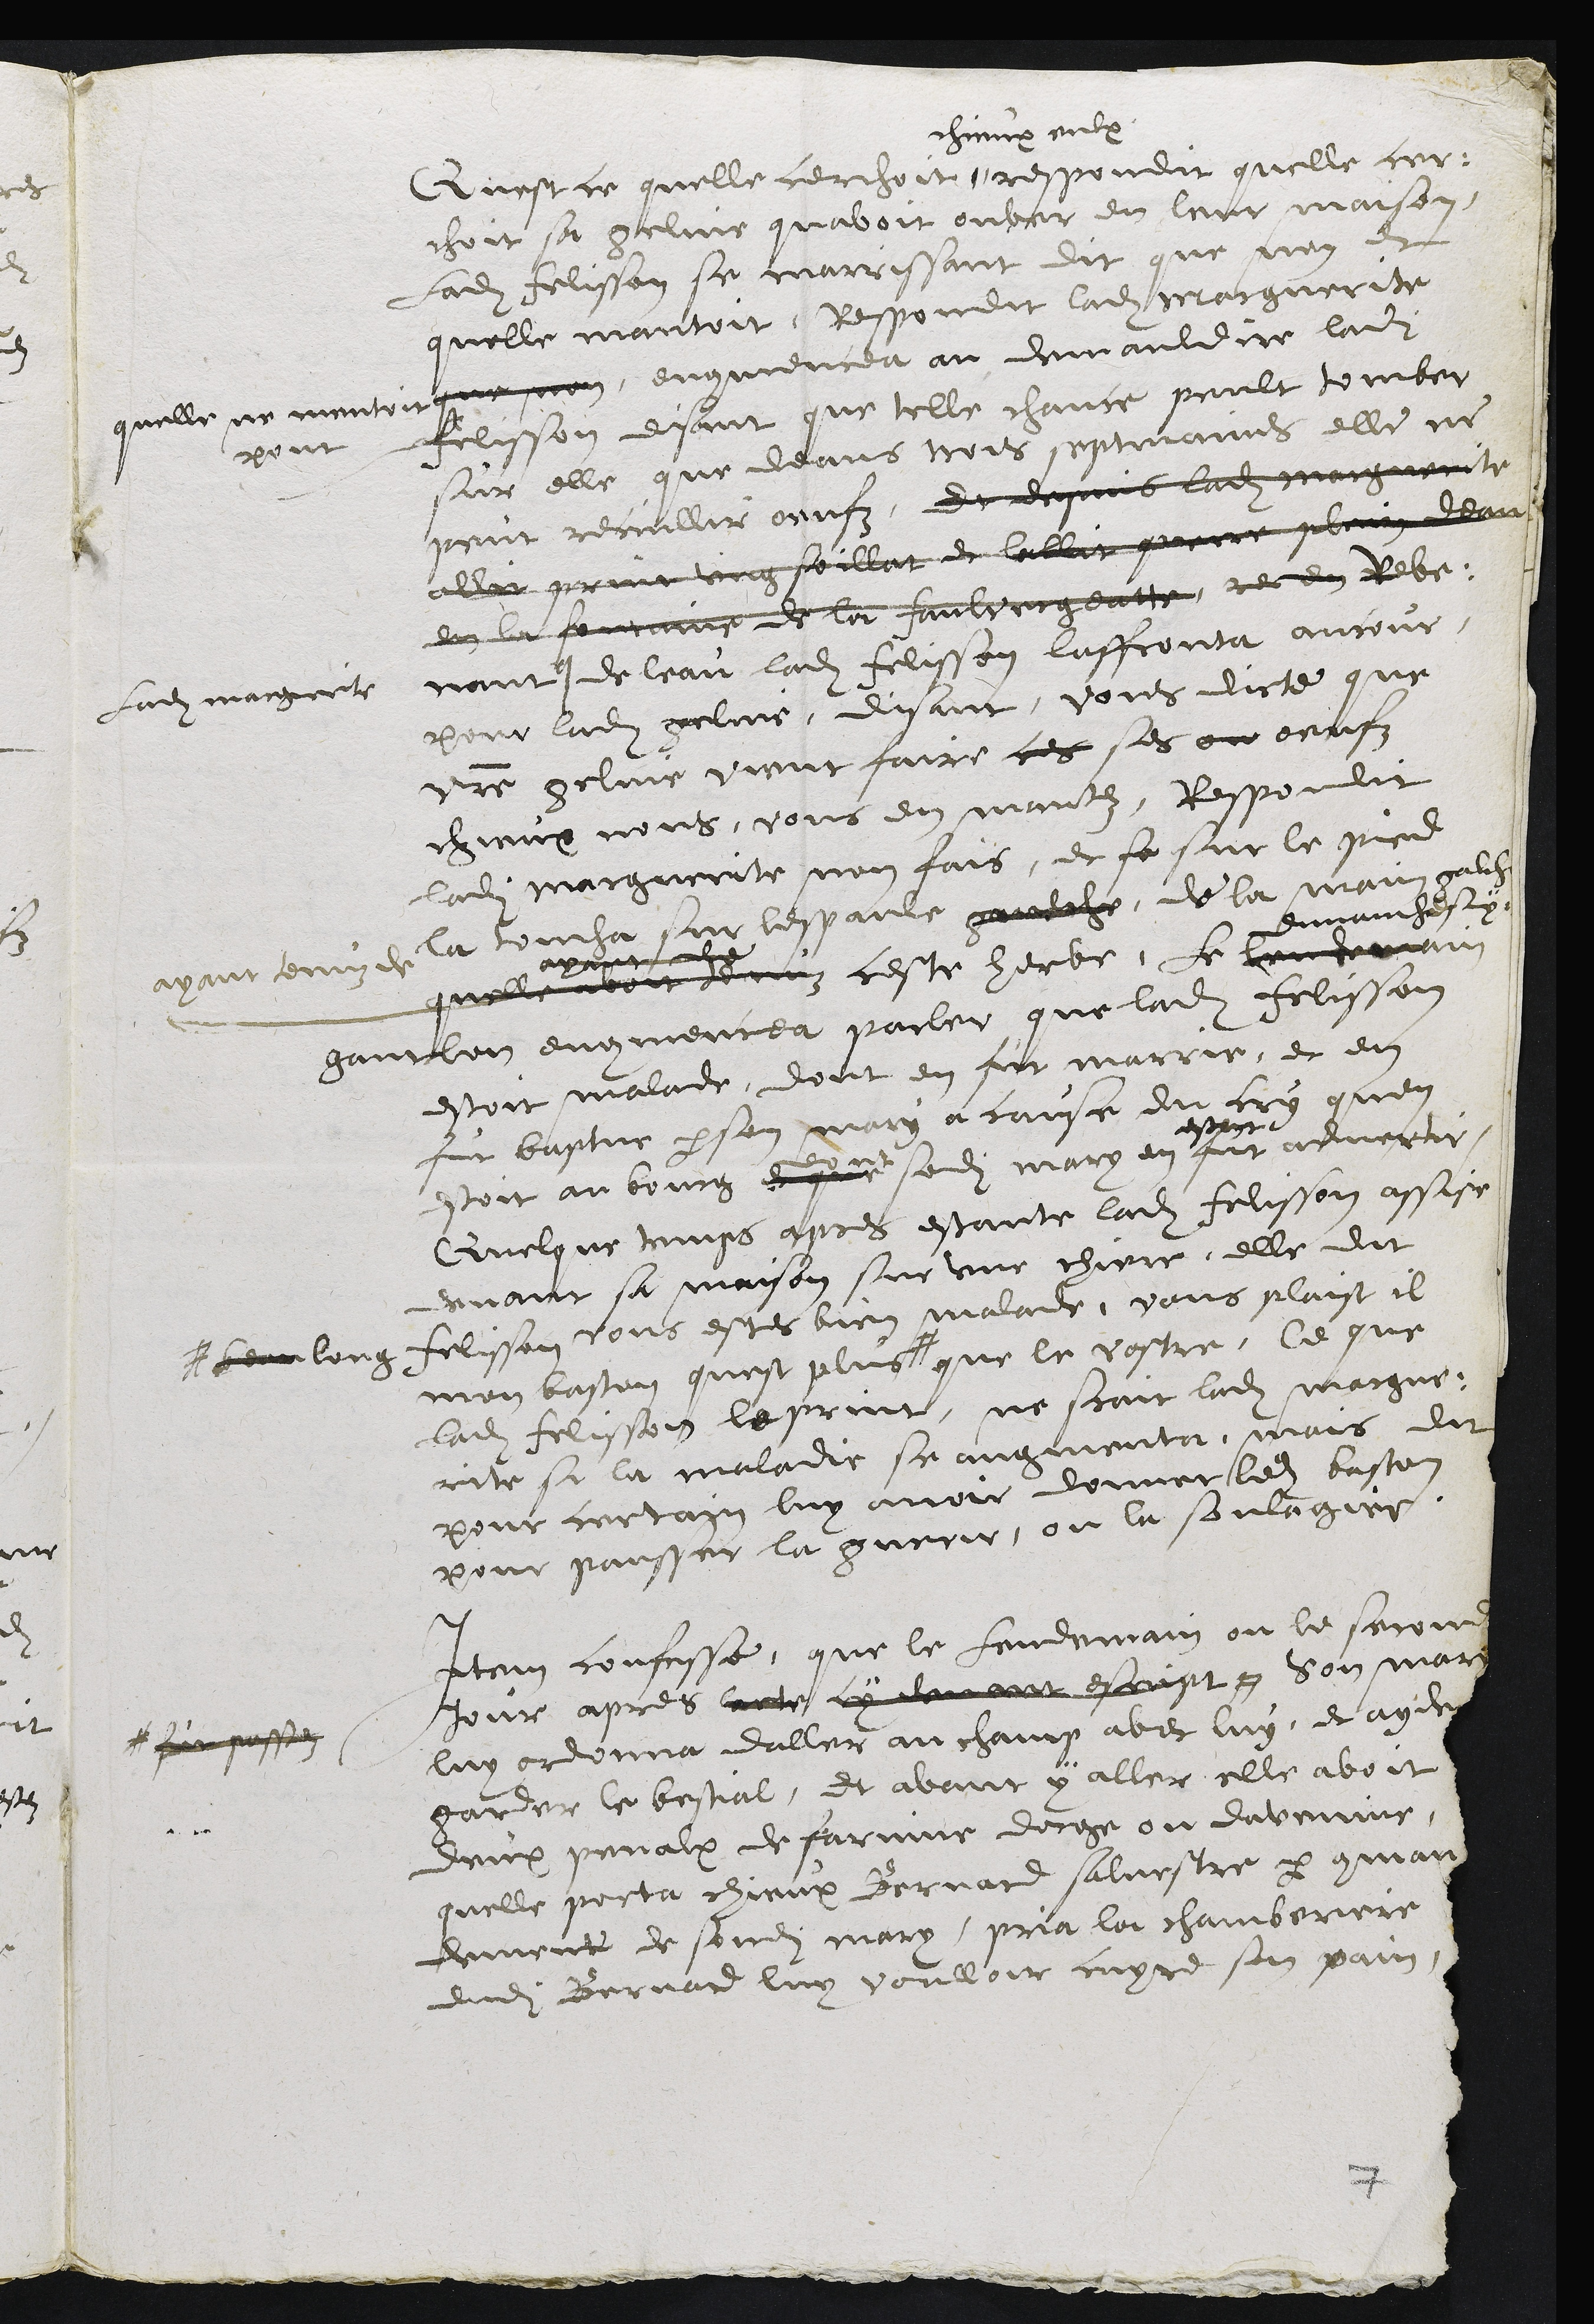
Quest ce quelle cerchoit #
chieux eulx
respondit quelle cer-
choit sa geline quavoit ouver en leur maison,
Ladite Felisson se marrissant dit que non et
quelle mantoit, Respondit ladite Marguerite
quelle ne mentoit que non,
point
encommencea au demauldire ladite
Felisson, disant que telle chance peult tomber
sur elle que deans trois septmaines elle ne
peut recuillir oeufz, Et depuis ladite marguerite
allit querir ung soillat et lallit querre plein deau
en la fontaine de la faulvergeatte, ce en Reve-
nant #
Ladite marguerite
de leau ladite Felisson laffronta ancour
pour ladite geline, disant, vous dicte que
vostre geline vient faire ces ses ou oeufz
chieux nous, vous en mantez, Respondit
ladite marguerite non fais, et se sur le pied
la toucha sur lespaule gaulche, de la main galche
ayant tenuz de
ayant de
quelle avoit tenuz ceste herbe, le lendemain
dimanche suy-
gant lon encommencea parler que ladite Felisson
estoit malade, dont en fut marrie, et en
fut baptue par son mary a cause du cry quon
estoit au bourg de que
dont
sondit mary en fut
estant
advertir
Quelque temps apres estante ladite Felisson assise
devant sa maison sur une chiere, elle dit
Felisson vous estes bien malade, vous plaist il
mon baston quest plus #
# beau long
que le vostre, Ce que
ladite Felisson le print, ne scait ladite margue-
rite si la maladie se augmenta, mais dit
pour certain luy avoir donner ledit baston
pour pansser la guerir, ou la soulagier
Item confesse que le lendemain ou le second
jour apres lacte cy devant escript #
# fut passez
son mary
luy ordonna daller au champ avec luy, et ayder
garder le bestial, et avant y aller elle avoit
deux penalx de farinne dorge ou daveinne,
quelle porta chieux Bernard salvestre par comman
dement de sondit mary, pria la chamberiere
dudit Bernard luy voulloir cuyre son pain,